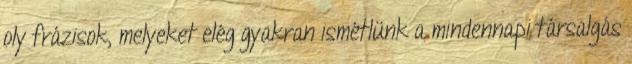
oly frázisok, melyeket elég gyakran ismétlünk a mindennapi társalgás